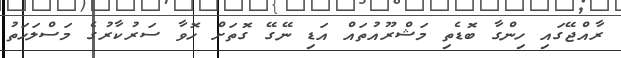
ރާއްޖޭގައި ހިންގާ ބޮޑެތި މަޝްރޫއުތައް އަޑި ނޭގޭ ގޮތަށް ހޮވާ ސަރުކާރުގެ މަސްލަހަތު